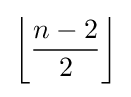
\left\lfloor {\frac {n-2}{2}}\right\rfloor